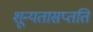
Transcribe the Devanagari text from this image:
शून्यतासप्तति